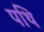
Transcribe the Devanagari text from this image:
पथि